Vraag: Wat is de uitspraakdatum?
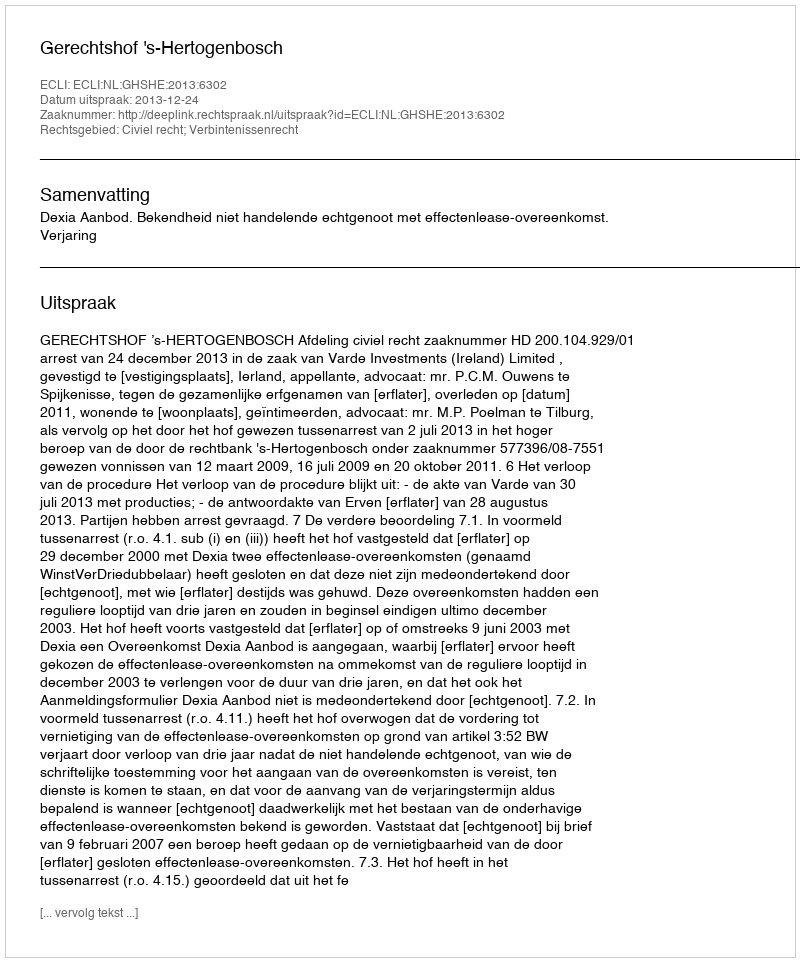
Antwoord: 2013-12-24